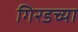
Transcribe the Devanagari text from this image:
गिरडच्या